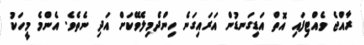
ރާއްޖެ ވެއްޓިފައި އޮތް އަޑިގަނޑުން އަރައިގަނެ ހިންދެމިލެވޭކަށް އަދި ނެތެވެ. އެންމެ މީހަކު